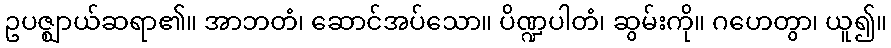
ဥပဇ္ဈာယ်ဆရာ၏။ အာဘတံ၊ ဆောင်အပ်သော။ ပိဏ္ဍပါတံ၊ ဆွမ်းကို။ ဂဟေတွာ၊ ယူ၍။